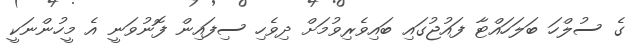
ގެ ސުލްހަ ބަލަހައްޓާ ފައުޖުގައި ބައިވެރިވުމަށް ދިވެހި ސިފައިން ފޮނުވަނީ އެ މީހުންނަކީ